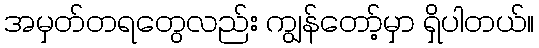
အမှတ်တရတွေလည်း ကျွန်တော့်မှာ ရှိပါတယ်။